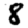
Digit: 8